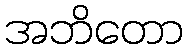
အဘိတော